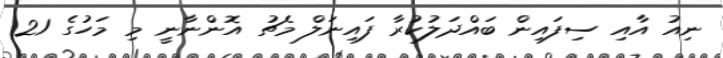
ނިއު އާއި ސިފައިން ބައްދަލުކުރާ ފައިނަލް މެޗު އޮންނާނީ މި މަހުގެ 21